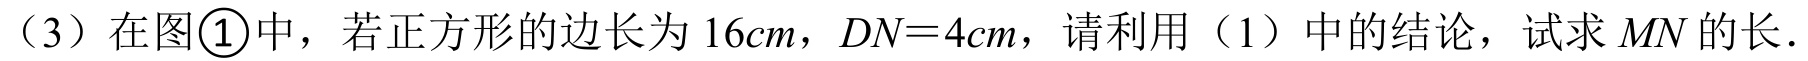
（3）在图\textcircled{1}中，若正方形的边长为\(16cm\)，\(DN = 4cm\)，请利用（1）中的结论，试求\(MN\)的长．